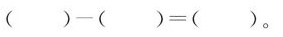
$$( ) - ( ) = ( )$$。